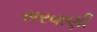
સરવાણી